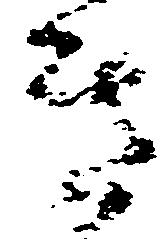
き